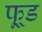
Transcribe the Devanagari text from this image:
फू़्ड